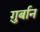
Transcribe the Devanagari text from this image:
ग़ुर्बान